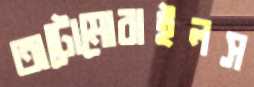
অটোমোবাইলস